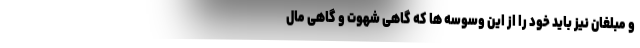
و مبلغان نیز باید خود را از این وسوسه‌ ها که گاهی شهوت و گاهی مال